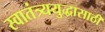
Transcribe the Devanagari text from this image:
स्वातंत्र्ययुद्धासाठी